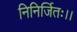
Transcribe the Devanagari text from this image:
निनिर्जितः।।